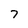
Character: 7